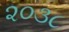
૨૦૩૮